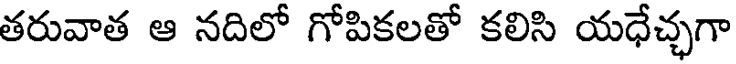
తరువాత ఆ నదిలో గోపికలతో కలిసి యధేచ్ఛగా